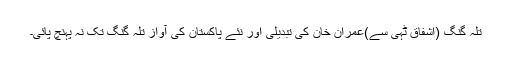
تلہ گنگ (اشفاق ٹہی سے)عمران خان کی تبدیلی اور نئے پاکستان کی آواز تلہ گنگ تک نہ پہنچ پائی۔